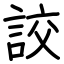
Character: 詨